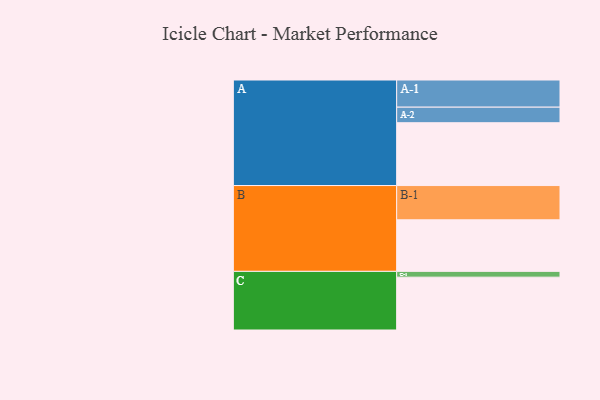
{"axis": {"x": "Segment", "y": "Value"}, "legend": ["", "A", "B", "C"], "data": [{"x": "A", "y": 541, "type": ""}, {"x": "B", "y": 444, "type": ""}, {"x": "C", "y": 455, "type": ""}, {"x": "A-1", "y": 234, "type": "A"}, {"x": "A-2", "y": 134, "type": "A"}, {"x": "B-1", "y": 295, "type": "B"}, {"x": "C-1", "y": 50, "type": "C"}]}